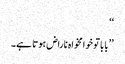
‘‘
’’بابا تو خوامخواہ ناراض ہوتا ہے۔